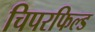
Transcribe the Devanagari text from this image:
चिपरफिल्ड